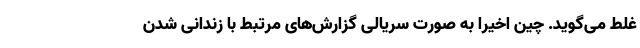
غلط می‌گوید. چین اخیرا به صورت سریالی گزارش‌های مرتبط با زندانی شدن